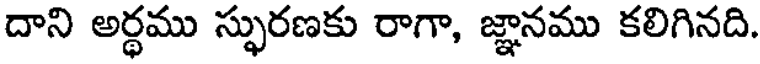
దాని అర్ధము స్ఫురణకు రాగా, జ్ఞానము కలిగినది.